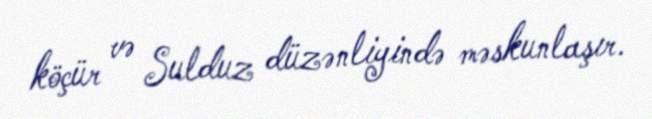
köçür və Sulduz düzənliyində məskunlaşır.